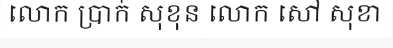
លោក ប្រាក់ សុខុន លោក សៅ សុខា